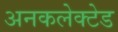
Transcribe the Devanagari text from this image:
अनकलेक्टेड